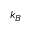
k _ { B }